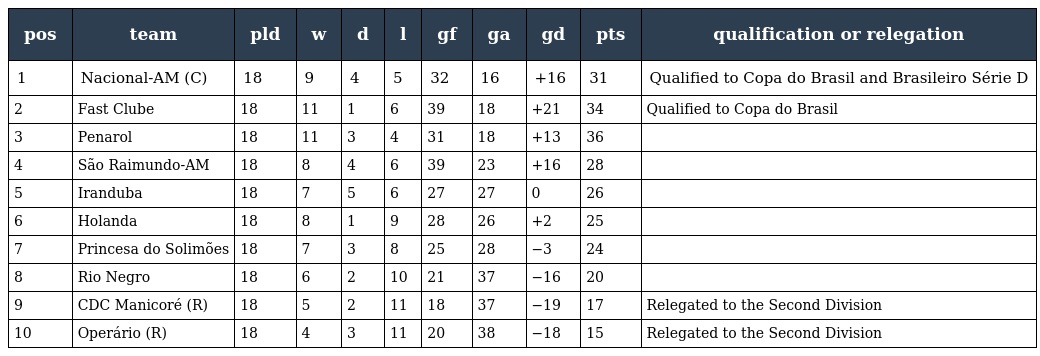
| pos | team | pld | w | d | l | gf | ga | gd | pts | qualification or relegation |
 | --- | --- | --- | --- | --- | --- | --- | --- | --- | --- | --- |
 | 1 | Nacional-AM (C) | 18 | 9 | 4 | 5 | 32 | 16 | +16 | 31 | Qualified to Copa do Brasil and Brasileiro Série D |
 | 2 | Fast Clube | 18 | 11 | 1 | 6 | 39 | 18 | +21 | 34 | Qualified to Copa do Brasil |
 | 3 | Penarol | 18 | 11 | 3 | 4 | 31 | 18 | +13 | 36 |  |
 | 4 | São Raimundo-AM | 18 | 8 | 4 | 6 | 39 | 23 | +16 | 28 |  |
 | 5 | Iranduba | 18 | 7 | 5 | 6 | 27 | 27 | 0 | 26 |  |
 | 6 | Holanda | 18 | 8 | 1 | 9 | 28 | 26 | +2 | 25 |  |
 | 7 | Princesa do Solimões | 18 | 7 | 3 | 8 | 25 | 28 | −3 | 24 |  |
 | 8 | Rio Negro | 18 | 6 | 2 | 10 | 21 | 37 | −16 | 20 |  |
 | 9 | CDC Manicoré (R) | 18 | 5 | 2 | 11 | 18 | 37 | −19 | 17 | Relegated to the Second Division |
 | 10 | Operário (R) | 18 | 4 | 3 | 11 | 20 | 38 | −18 | 15 | Relegated to the Second Division |